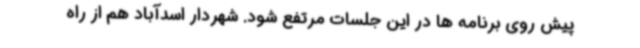
پیش روی برنامه ها در این جلسات مرتفع شود. شهردار اسدآباد هم از راه